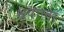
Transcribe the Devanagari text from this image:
श्रेयाला